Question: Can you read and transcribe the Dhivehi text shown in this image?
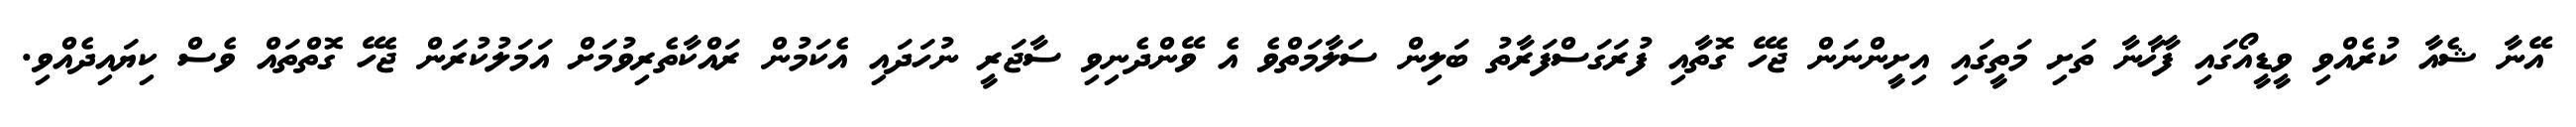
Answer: އޭނާ ޝެއާ ކުރެއްވި ވީޑީއޯގައި ފާޚާނާ ތަށި މަތީގައި އިށީންނަން ޖެހޭ ގޮތާއި ފުރަގަސްފަރާތު ބަލިން ސަލާމަތްވެ އެ ވޭންދެނިވި ސާޖަރީ ނުހަދައި އެކަމުން ރައްކާތެރިވުމަށް އަމަލުކުރަން ޖެހޭ ގޮތްތައް ވެސް ކިޔައިދެއްވި.